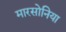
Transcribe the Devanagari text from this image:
मारसोनिया